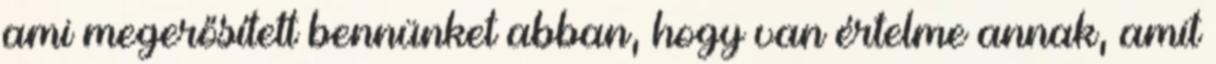
ami megerősített bennünket abban, hogy van értelme annak, amit